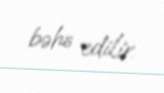
bəhs edilir.